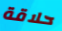
حلاقة